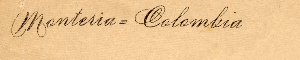
Monteria = Colombia